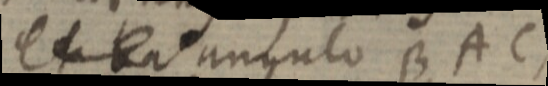
et triangulo BAC,